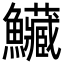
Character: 𩽮